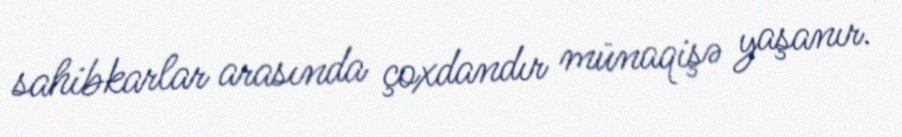
sahibkarlar arasında çoxdandır münaqişə yaşanır.